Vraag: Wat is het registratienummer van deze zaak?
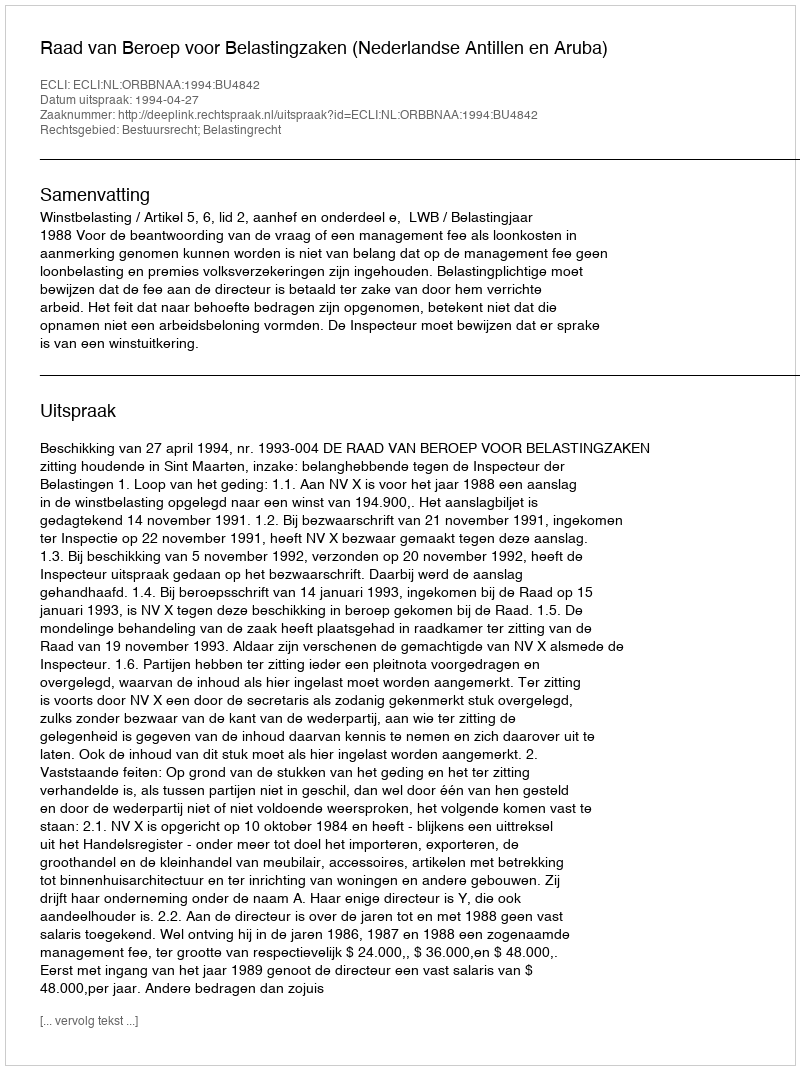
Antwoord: http://deeplink.rechtspraak.nl/uitspraak?id=ECLI:NL:ORBBNAA:1994:BU4842